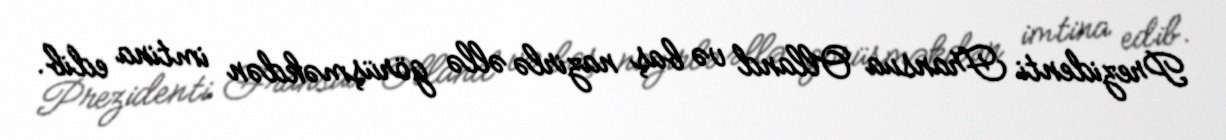
Prezidenti Fransua Olland və baş nazirlə əllə görüşməkdən imtina edib.